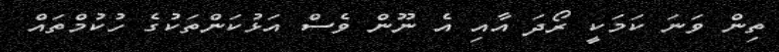
ތިން ވަނަ ކަމަކީ ރޯދަ އާއި އެ ނޫން ވެސް އަޅުކަންތަކުގެ ހުކުމްތައް